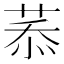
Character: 菾